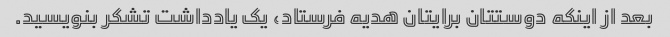
بعد از اینکه دوستتان برایتان هدیه فرستاد، یک یادداشت تشکر بنویسید.